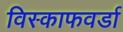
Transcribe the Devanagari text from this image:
विस्काफवर्डा